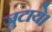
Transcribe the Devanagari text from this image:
जुटाये।